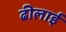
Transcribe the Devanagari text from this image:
ढीलाई